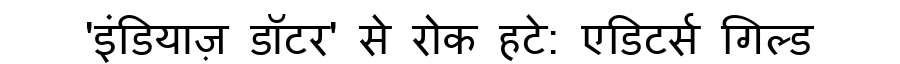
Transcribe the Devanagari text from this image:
'इंडियाज़ डॉटर' से रोक हटे: एडिटर्स गिल्ड